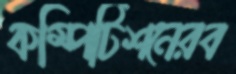
কম্পিটিশনেরব